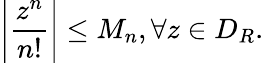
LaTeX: \left|{\frac{z^{n}}{n!}}\right|\leq M_{n},\forall z\in D_{R}.